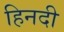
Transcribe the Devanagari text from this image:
हिनदी